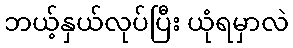
ဘယ့်နှယ်လုပ်ပြီး ယုံရမှာလဲ